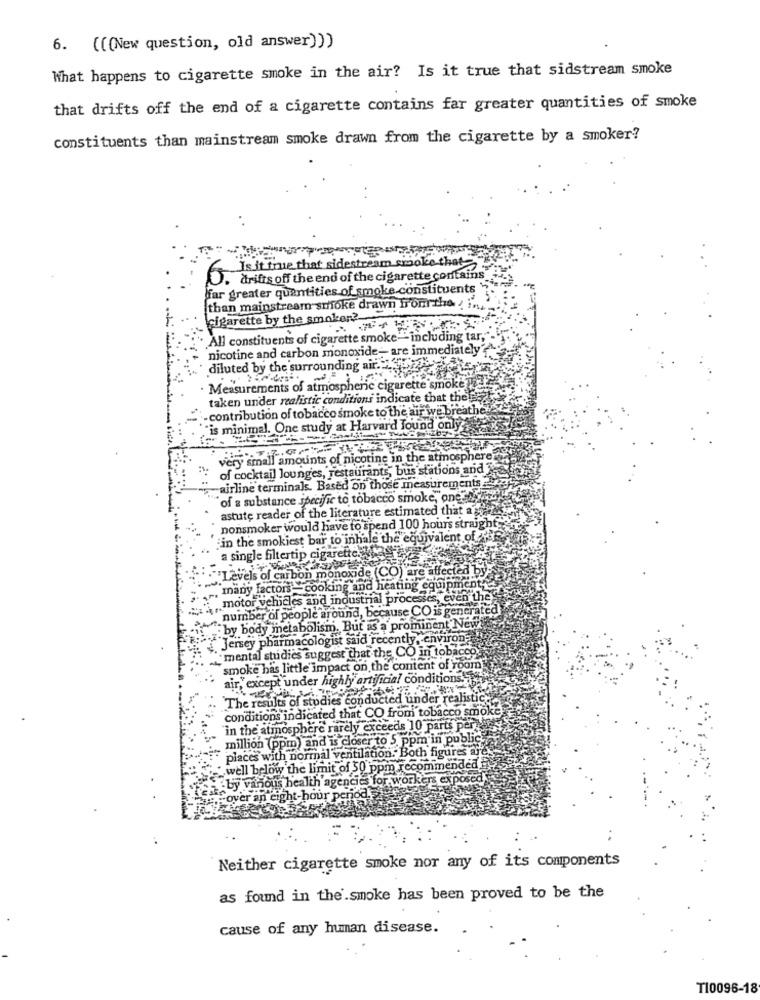
6. (((New question, old answer)))
What happens to cigarette smoke in the air? Is it true that sidstream smoke
that drifts off the end of a cigarette contains far greater quantities of smoke
constituents than mainstream smoke drawn from the cigarette by a smoker?
. .
Is it true that sidestream crooke-that-
O. drifts off the end of the cigarette contains
far greater quantities of smoke.constituents
than mainstream smoke drawn from the in
cigarette by the smokon ?-
All constituents of cigarette smoke- including tar
nicotine and carbon monoxide- are immediately
diluted by the surrounding air .....
Measurements of atmospheric cigarette smoke TE
taken under realistic conditions indicate that there
.- contribution of tobacco smoke to the air we breathe
"is minimal. One study at Harvard Tound only
very small amounts of nicotine in the atmosphere"
of cocktail lounges, restaurants, bus stations and
airline terminals. Based on those measurements
of a substance specific to tobacco smoke, onetimetu
astute reader of the literature estimated that as
nonsmoker would have to spend 100 hours straight_
"in the smokiest bar to inhale the equivalent of
a single filtertip cigarette.
Levels of carbon monoxide (CO) are affected by
, many factors- cooking and heating equipment,
motor vehicles and industrial processes, even the
number of people around, because CO is generated
by body metabolism. But as a prominent News
Jersey pharmacologist said recently, environ-
"mental studies suggest that the CO in tobacco
smoke has little impact on the content of room
air," except under highly artificial conditions.a
The results of studies conducted under realistic
conditions indicated that CO from tobacco smokes
"in the atmosphere rarely exceeds 10 parts per
million (ppm) and is closer to 5 ppm in public
places with normal ventilation. Both figures
"well below the limit of 50 ppm recommended
by vanous health agencies for workers exposer
`over an eight-hour p
Neither cigarette smoke nor any of its components
as found in the.smoke has been proved to be the
cause of any human disease.
T10096-18